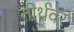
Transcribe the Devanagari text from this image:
तीर्थवर